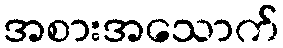
အစားအသောက်